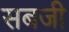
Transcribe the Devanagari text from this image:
सबजी